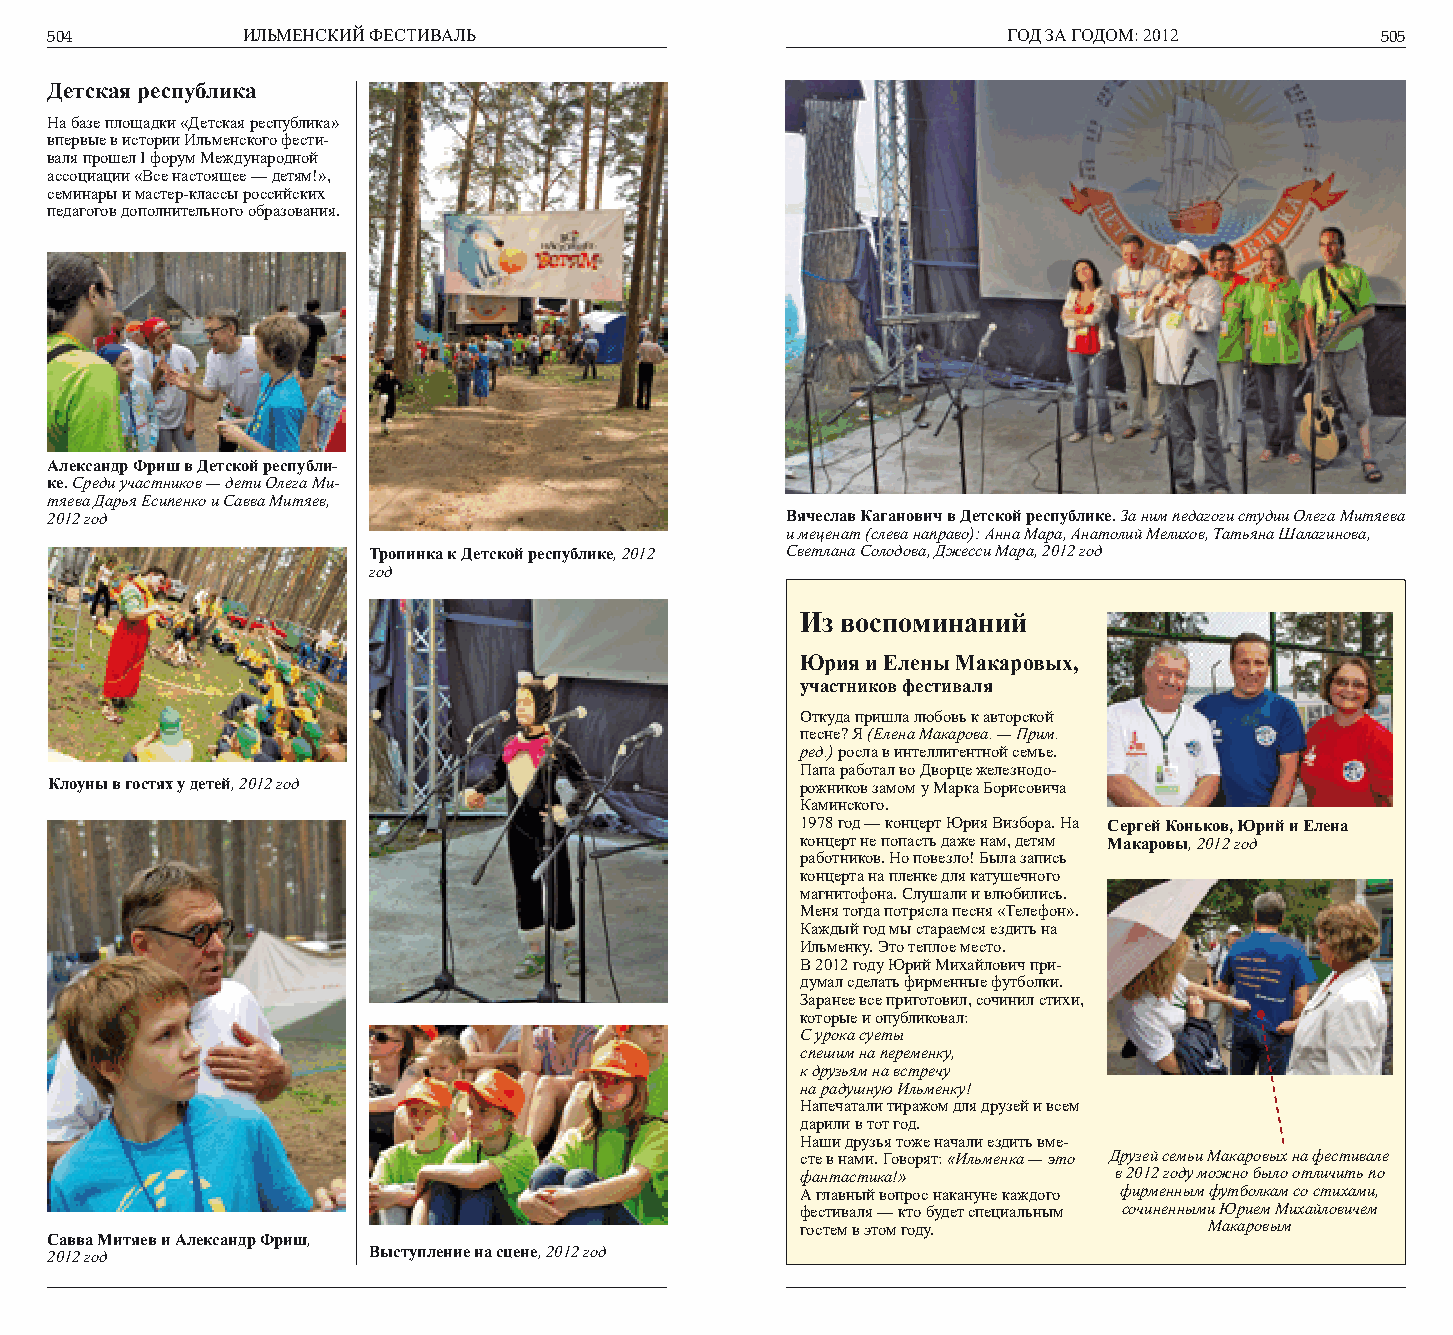
504          ИЛЬМЕНСКИЙ ФЕСТИВАЛЬ                               ГОД ЗА ГОДОМ: 2012      505
 Детская республика
 На базе площадки «Детская республика»
 впервые в истории Ильменского фести-
 валя прошел I форум Международной
 ассоциации «Все настоящее — детям!»,
 семинары и мастер-классы российских
 педагогов дополнительного образования.
 Александр Фриш в Детской республи-
 ке. Среди участников — дети Олега Ми-
 тяева Дарья Есипенко и Савва Митяев,
 2012 год                                         Вячеслав Каганович в Детской республике. За ним педагоги студии Олега Митяева
 и меценат (слева направо): Анна Мара, Анатолий Мелихов, Татьяна Шалагинова,
 Тропинка к Детской республике, 2012 Светлана Солодова, Джесси Мара, 2012 год
 год
 Из воспоминаний
 Юрия и Елены Макаровых,
 участников фестиваля
 Откуда пришла любовь к авторской
 песне? Я (Елена Макарова. — Прим.
 ред.) росла в интеллигентной семье.
 Папа работал во Дворце железнодо-
 Клоуны в гостях у детей, 2012 год                 рожников замом у Марка Борисовича
 Каминского.
 1978 год — концерт Юрия Визбора. На Сергей Коньков, Юрий и Елена
 концерт не попасть даже нам, детям Макаровы, 2012 год
 работников. Но повезло! Была запись
 концерта на пленке для катушечного
 магнитофона. Слушали и влюбились.
 Меня тогда потрясла песня «Телефон».
 Каждый год мы стараемся ездить на
 Ильменку. Это теплое место.
 В 2012 году Юрий Михайлович при-
 думал сделать фирменные футболки.
 Заранее все приготовил, сочинил стихи,
 которые и опубликовал:
 С урока суеты
 спешим на переменку,
 к друзьям на встречу
 на радушную Ильменку!
 Напечатали тиражом для друзей и всем
 дарили в тот год.
 Наши друзья тоже начали ездить вме-
 сте в нами. Говорят: «Ильменка — это Друзей семьи Макаровых на фестивале
 фантастика!»         в 2012 году можно было отличить по
 А главный вопрос накануне каждого фирменным футболкам со стихами,
 фестиваля — кто будет специальным сочиненными Юрием Михайловичем
 гостем в этом году.        Макаровым
 Савва Митяев и Александр Фриш,
 2012 год             Выступление на сцене, 2012 год